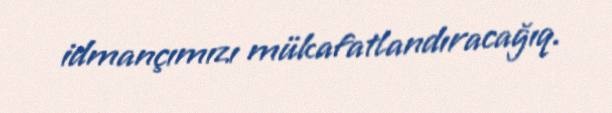
idmançımızı mükafatlandıracağıq.